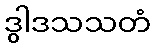
ဒွါဒသသတံ